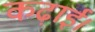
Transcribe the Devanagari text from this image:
कढ़ाई।